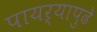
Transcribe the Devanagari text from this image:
पायऱ्यापुढे